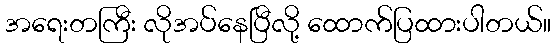
အရေးတကြီး လိုအပ်နေပြီလို့ ထောက်ပြထားပါတယ်။